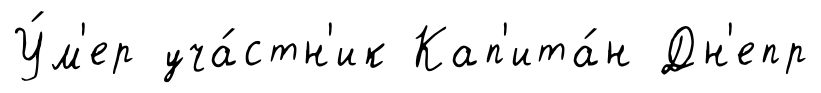
У́м'ер уча́стн'ик Кап'ита́н Дн'епр